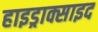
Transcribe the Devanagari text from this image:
हाइड्राक्साइद